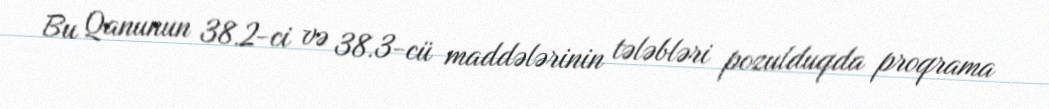
Bu Qanunun 38.2-ci və 38.3-cü maddələrinin tələbləri pozulduqda proqrama